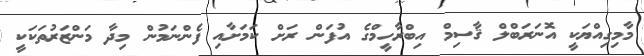
މާމިގިއްޔަކީ އޮނަރަބްލް ޤާސިމް އިބްރާހީމްގެ އުފަން ރަށް ކަމަށާއި ފެންނަމުން މިދާ މަންޒަރުތަކަކީ